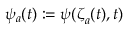
{ \psi _ { a } ( t ) : = \psi ( { \boldsymbol { \zeta } } _ { a } ( t ) , t ) }